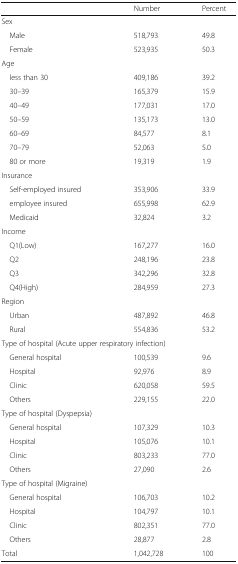
<table><thead><tr><td></td><td></td><td><b>Number</b></td><td><b>Percent</b></td></tr></thead><tbody><tr><td colspan="4">Sex</td></tr><tr><td colspan="2"> Male</td><td>518,793</td><td>49.8</td></tr><tr><td colspan="2"> Female</td><td>523,935</td><td>50.3</td></tr><tr><td colspan="4">Age</td></tr><tr><td colspan="2"> less than 30</td><td>409,186</td><td>39.2</td></tr><tr><td colspan="2"> 30–39</td><td>165,379</td><td>15.9</td></tr><tr><td colspan="2"> 40–49</td><td>177,031</td><td>17.0</td></tr><tr><td colspan="2"> 50–59</td><td>135,173</td><td>13.0</td></tr><tr><td colspan="2"> 60–69</td><td>84,577</td><td>8.1</td></tr><tr><td colspan="2"> 70–79</td><td>52,063</td><td>5.0</td></tr><tr><td colspan="2"> 80 or more</td><td>19,319</td><td>1.9</td></tr><tr><td colspan="4">Insurance</td></tr><tr><td colspan="2"> Self-employed insured</td><td>353,906</td><td>33.9</td></tr><tr><td colspan="2"> employee insured</td><td>655,998</td><td>62.9</td></tr><tr><td colspan="2"> Medicaid</td><td>32,824</td><td>3.2</td></tr><tr><td colspan="4">Income</td></tr><tr><td colspan="2"> Q1(Low)</td><td>167,277</td><td>16.0</td></tr><tr><td colspan="2"> Q2</td><td>248,196</td><td>23.8</td></tr><tr><td colspan="2"> Q3</td><td>342,296</td><td>32.8</td></tr><tr><td colspan="2"> Q4(High)</td><td>284,959</td><td>27.3</td></tr><tr><td colspan="4">Region</td></tr><tr><td colspan="2"> Urban</td><td>487,892</td><td>46.8</td></tr><tr><td colspan="2"> Rural</td><td>554,836</td><td>53.2</td></tr><tr><td colspan="4">Type of hospital (Acute upper respiratory infection)</td></tr><tr><td colspan="2"> General hospital</td><td>100,539</td><td>9.6</td></tr><tr><td colspan="2"> Hospital</td><td>92,976</td><td>8.9</td></tr><tr><td colspan="2"> Clinic</td><td>620,058</td><td>59.5</td></tr><tr><td colspan="2"> Others</td><td>229,155</td><td>22.0</td></tr><tr><td colspan="4">Type of hospital (Dyspepsia)</td></tr><tr><td colspan="2"> General hospital</td><td>107,329</td><td>10.3</td></tr><tr><td colspan="2"> Hospital</td><td>105,076</td><td>10.1</td></tr><tr><td colspan="2"> Clinic</td><td>803,233</td><td>77.0</td></tr><tr><td colspan="2"> Others</td><td>27,090</td><td>2.6</td></tr><tr><td colspan="4">Type of hospital (Migraine)</td></tr><tr><td colspan="2"> General hospital</td><td>106,703</td><td>10.2</td></tr><tr><td colspan="2"> Hospital</td><td>104,797</td><td>10.1</td></tr><tr><td colspan="2"> Clinic</td><td>802,351</td><td>77.0</td></tr><tr><td colspan="2"> Others</td><td>28,877</td><td>2.8</td></tr><tr><td colspan="2">Total</td><td>1,042,728</td><td>100</td></tr></tbody></table>